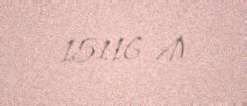
15116 ₼